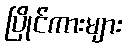
ပြိုင်ကားများ